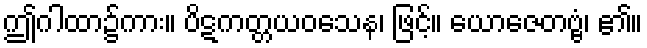
ဤဂါထာ၌ကား။ ပိဋကတ္တယဝသေန၊ ဖြင့်။ ယောဇေတဗ္ဗံ၊ ၏။